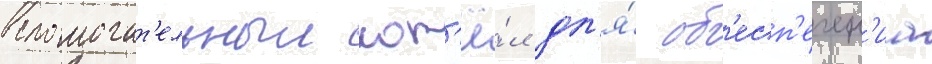
вспомогат'ельныи кот'ё́л дл'я́ об'есп'ечен'иа